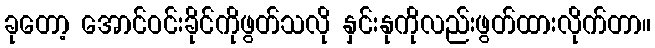
ခုတော့ အောင်ဝင်းခိုင်ကိုဖွတ်သလို နှင်းနုကိုလည်းဖွတ်ထားလိုက်တာ။